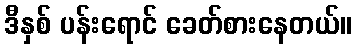
ဒီနှစ် ပန်းရောင် ခေတ်စားနေတယ်။